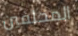
المحلفين